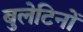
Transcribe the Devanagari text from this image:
बुलेटिनों